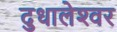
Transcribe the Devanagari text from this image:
दुधालेश्‍वर